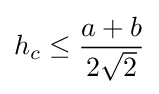
h_{c}\leq {\frac {a+b}{2{\sqrt {2}}}}